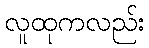
လူထုကလည်း